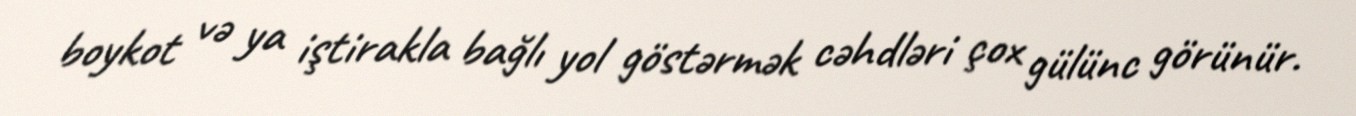
boykot və ya iştirakla bağlı yol göstərmək cəhdləri çox gülünc görünür.